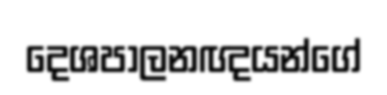
දෙශපාලනඥයන්ගේ